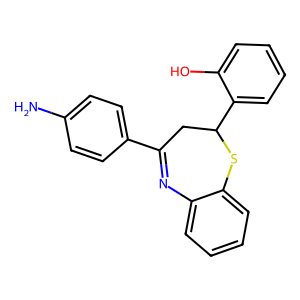
SMILES: Nc1ccc(C2=Nc3ccccc3SC(c3ccccc3O)C2)cc1
Inhibits HIV replication: No